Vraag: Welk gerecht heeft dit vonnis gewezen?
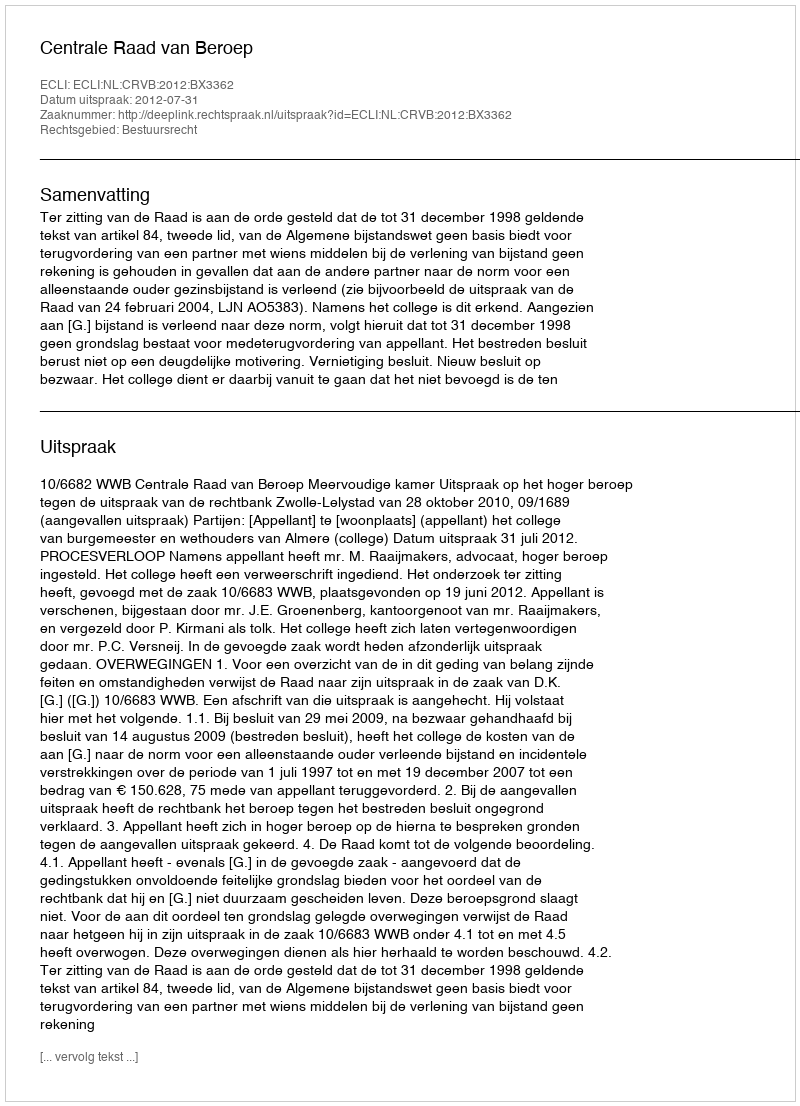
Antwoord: Centrale Raad van Beroep